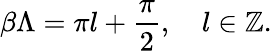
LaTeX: \beta\Lambda=\pi l+\frac{\pi}{2},\ \ \ \ l\in\mathbb{Z}.